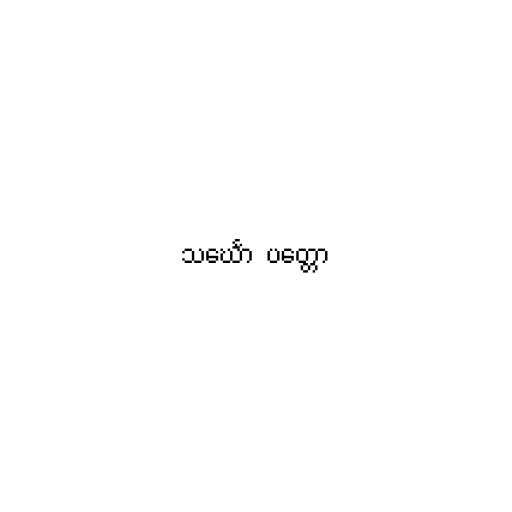
သင်္ဃော  ပတ္တော